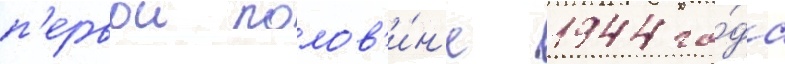
п'ервои полов'и́н'е 1944 го́да